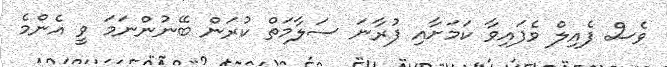
ވެސް ފެއިލް ވެފައިވާ ކަމަށާއި ފުރާނަ ސަލާމަތް ކުރަން ބޭނުންނަަމަ ވީ އެންމެ